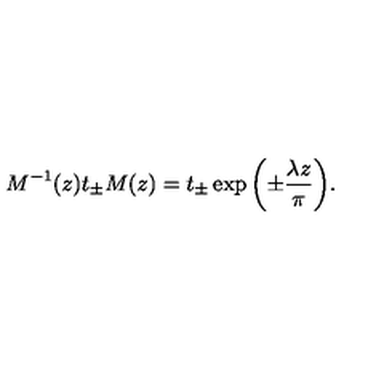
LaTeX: M ^ { - 1 } ( z ) t _ { \pm } M ( z ) = t _ { \pm } \exp { \left( \pm \frac { \lambda z } { \pi } \right) } .